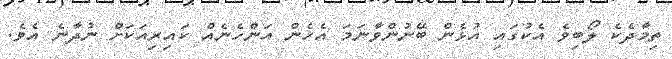
ތިމާދެކެ ލޯބިވެ އެކުގައި އުޅެން ބޭނުންވާނަމަ އެހެން އަންހެނެއް ކައިރިއަކަށް ނުދާނެ އެވެ.